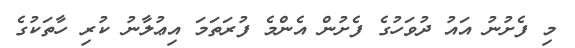
މި ފެށުނު އައު ދުވަހުގެ ފެށުން އެންމެ ފުރަތަމަ އިޢުލާނު ކުރި ހާތަކުގެ